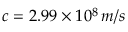
c = 2 . 9 9 \times 1 0 ^ { 8 } \, m / s